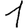
Digit: 1